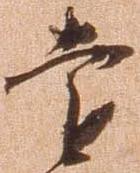
遠